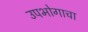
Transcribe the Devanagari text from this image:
उपभोगाचा